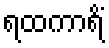
ရထကာရိံ